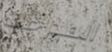
المدرجات